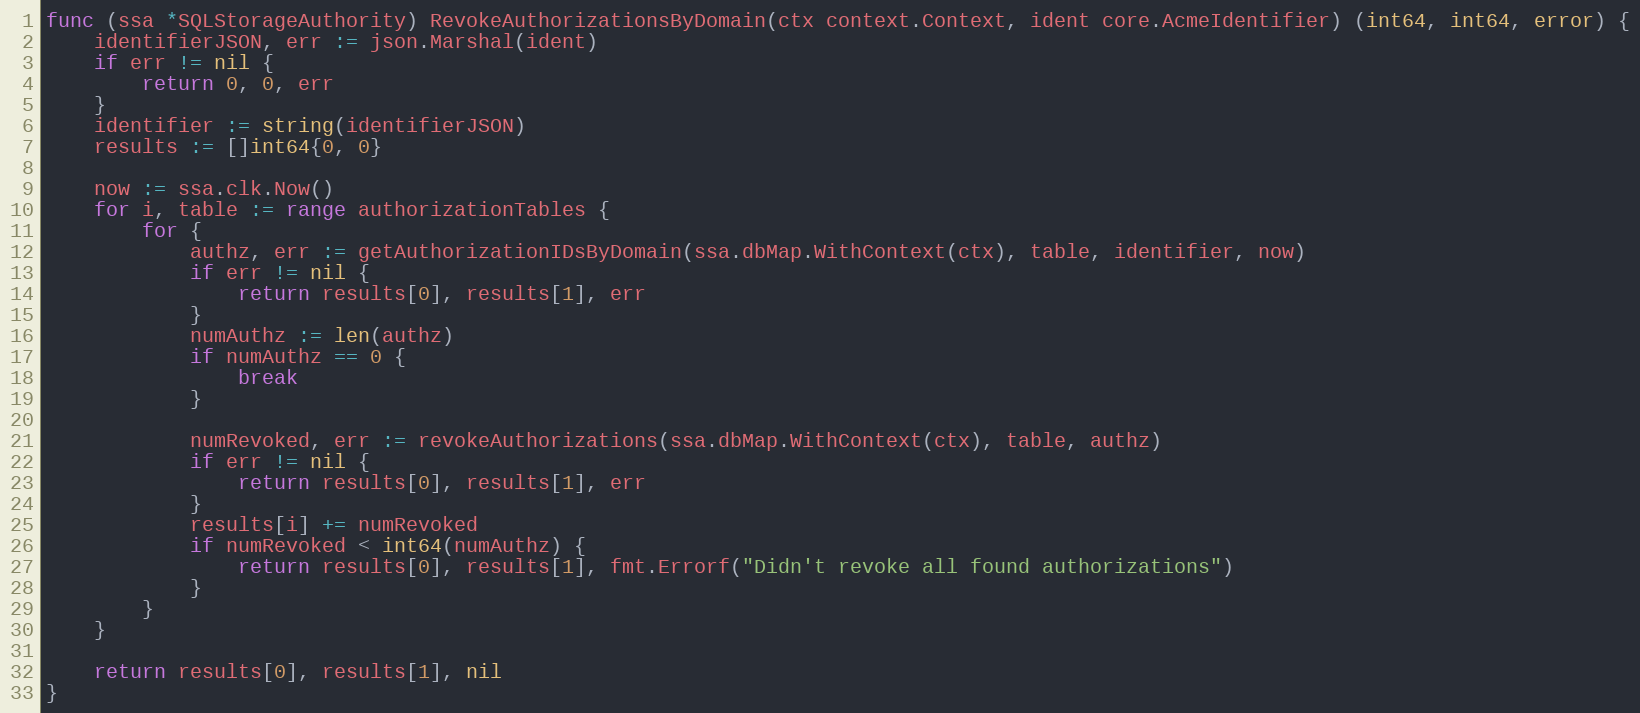
Language: Go
func (ssa *SQLStorageAuthority) RevokeAuthorizationsByDomain(ctx context.Context, ident core.AcmeIdentifier) (int64, int64, error) {
	identifierJSON, err := json.Marshal(ident)
	if err != nil {
		return 0, 0, err
	}
	identifier := string(identifierJSON)
	results := []int64{0, 0}

	now := ssa.clk.Now()
	for i, table := range authorizationTables {
		for {
			authz, err := getAuthorizationIDsByDomain(ssa.dbMap.WithContext(ctx), table, identifier, now)
			if err != nil {
				return results[0], results[1], err
			}
			numAuthz := len(authz)
			if numAuthz == 0 {
				break
			}

			numRevoked, err := revokeAuthorizations(ssa.dbMap.WithContext(ctx), table, authz)
			if err != nil {
				return results[0], results[1], err
			}
			results[i] += numRevoked
			if numRevoked < int64(numAuthz) {
				return results[0], results[1], fmt.Errorf("Didn't revoke all found authorizations")
			}
		}
	}

	return results[0], results[1], nil
}